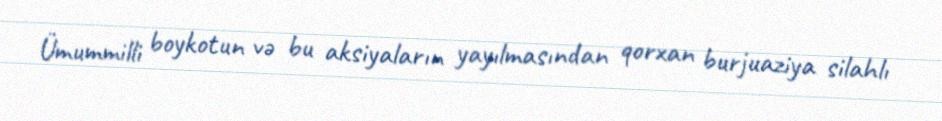
Ümummilli boykotun və bu aksiyaların yayılmasından qorxan burjuaziya silahlı